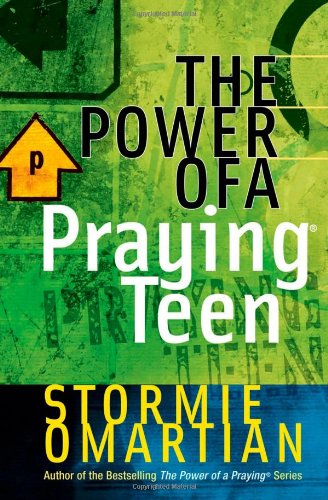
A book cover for The Power of a Praying Teen; Stormie Omartian; Christian Books & Bibles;